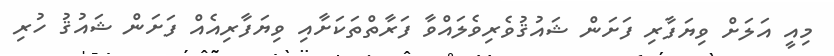
މިއީ އަލަށް ވިޔަފާރި ފަށަން ޝައުޤުވެރިވެލައްވާ ފަރާތްތަކަށާއި ވިޔަފާރިއެއް ފަށަން ޝައުޤު ހުރި